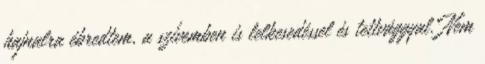
hajnalra ébredtem, a szívemben is lelkesedéssel és tettvággyal. Nem